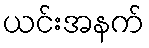
ယင်းအနက်